Civil Veterinary Dept. Assam report 1911-1927 - 1911-1927
Year: 1911
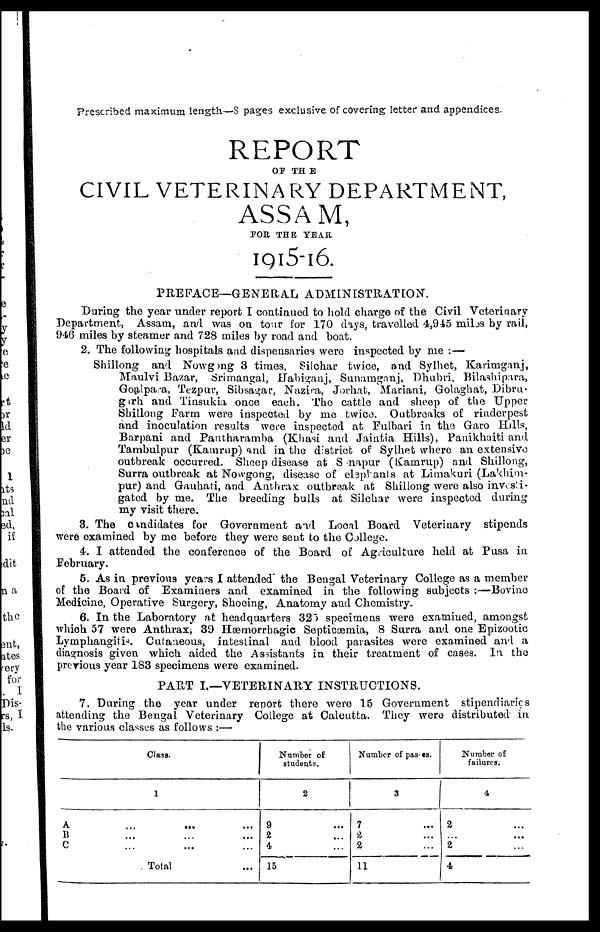
Prescribed maximum length—8 pages exclusive of covering letter and appendices.
REPORT
OF TH E
CIVIL VETERINARY DEPARTMENT,
ASSAM,
FOR THE YEAR
1915-16.
PREFACE—GENERAL ADMINISTRATION.
During the year under report I continued to hold charge of the Civil Veterinary
Department, Assam, and was on tour for 170 days, travelled 4,945 miles by rail,
946 miles by steamer and 728 miles by road and boat.
2. The following hospitals and dispensaries were inspected by me :—
Shillong and Nowgmg 3 times, Silchar twice, and Sylhet, Karimganj,
Maulvi Bazar, Srimangal, Habiganj, Sunamganj, Dhubri, Bilashipara,
Goalpara, Tezpur, Sibsagar, Nazira, Jorhat, Mariani, Golaghat, Dibru-
girh and Tinsukia once each. The cattle and sheep of the Upper
Shillong Farm were inspected by me twice. Outbreaks of rinderpest
and inoculation results were inspected at Fulbari in the Garo Hills,
Barpani and Pantharamba (Khasi and Jaintia Hills), Panikhaiti and
Tambulpur (Kamrup) and in the district of Sylhet where an extensive
outbreak occurred. Sheep disease at S napur (Kamrup) and Shillong,
Surra outbreak at Nowgong, disease of elephants at Limakuri (Lakhim-
pur) and Gauhati, and Anthrax outbreak at Shillong were also investi-
gated by me. The breeding bulls at Silchar were inspected during
my visit there.
3. The candidates for Government and Local Board Veterinary stipends
were examined by me before they were sent to the College.
4. I attended the conference of the Board of Agriculture held at Pusa in
February.
5. As in previous years 1 attended the Bengal Veterinary College as a member
of the Board of Examiners and examined in the following subjects :—Bovine
Medicine, Operative Surgery, Shoeing, Anatomy and Chemistry.
6. In the Laboratory at headquarters 325 specimens were examined, amongst
which 57 were Anthrax; 39 Hæmorrhagic Septicæmia, 8 Surra and one Epizootic
Lymphangitis Cutaneous, intestinal and blood parasites were examined and a
diagnosis given which aided the Assistants in their treatment of cases. In the
previous year 183 specimens were examined.
PART I.—VETERINARY INSTRUCTIONS.
7. During the year under report there were 15 Government stipendiaries
attending the Bengal Veterinary College at Calcutta. They were distributed in
the various classes as follows :—
Class.
1
A ... ... ...
B
...
...
...
C
... ... ...
Total ...
Number of
students.
2
9 ...
2 ...
4 ...
15
Number of pas es.
3
7 ...
2 ...
2 ...
11
Number of
failures.
4
2 ...
...
...
2
4